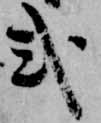
式